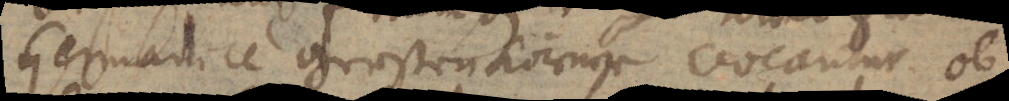
Germanice Gersten Korner vocantur ob